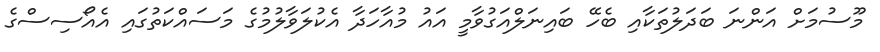
މޫސުމަށް އަންނަ ބަދަލުތަކާއި ބެހޭ ބައިނަލްއަގުވާމީ އައު މުއާހަދާ އެކުލަވާލުމުގެ މަސައްކަތުގައި އެއޯސިސްގެ